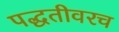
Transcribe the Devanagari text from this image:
पद्धतीवरच